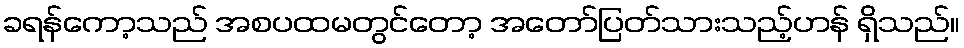
ခရန်ကော့သည် အစပထမတွင်တော့ အတော်ပြတ်သားသည့်ဟန် ရှိသည်။